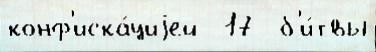
конф'иска́циjей -17  б'и́твы